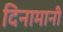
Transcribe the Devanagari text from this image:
दिनामानी